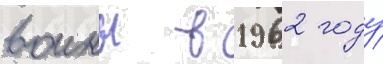
воины в 1962 году